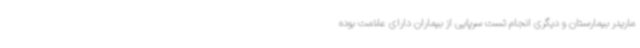
ماریدر بیمارستان و دیگری انجام تست سرپایی از بیماران دارای علامت بوده